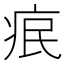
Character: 𤵤